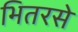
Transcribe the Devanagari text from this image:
भितरसे